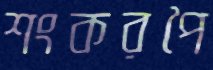
শংকরপৈ